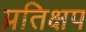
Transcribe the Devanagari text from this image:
प्रतिक्षप